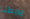
يربطنا